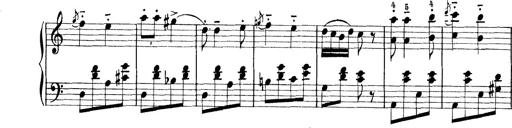
Title: Rapsodie: 19 ungheresi, 1 spagnuola
Composer: Franz Liszt